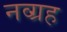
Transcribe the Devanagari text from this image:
नव्ग्रह